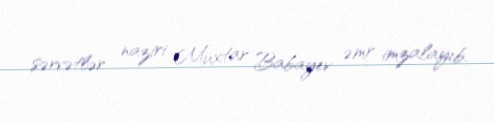
sərvətlər naziri Muxtar Babayev əmr imzalayıb.